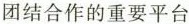
团结合作的重要平台